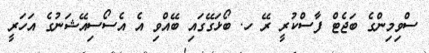
ސްވިމިންގެ ބަޖެޓް ފާސްކުރީ ރޭ ހ. ބޯޅަގޭގައި ބޭއްވި އެ އެސޯސިއޭޝަނުގެ އަހަރީ